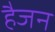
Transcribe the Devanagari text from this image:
हैजन